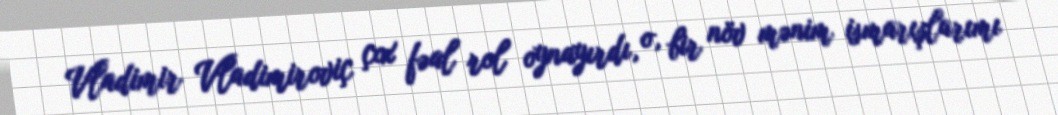
Vladimir Vladimiroviç çox fəal rol oynayırdı, o, bir növ mənim ismarışlarımı